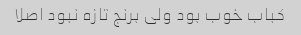
کباب خوب بود ولی برنج تازه نبود اصلا